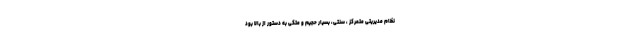
نظام مدیریتی متمرکز ، سنتی، بسیار حجیم و متکی به دستور از بالا بود